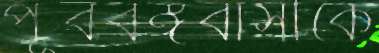
পূর্ববঙ্গবাসীকে